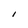
Character: 1